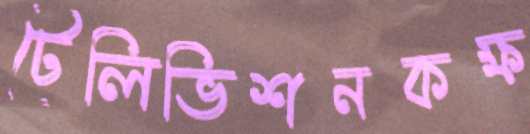
টেলিভিশনকক্ষ